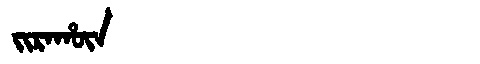
Manchu: ᠵᡳᡵᠠᡥᡡᠨ
Romanization: JIRAHŪN